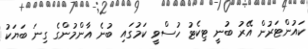
ކައުންޓަރުން އޭރު ބުނީ ޓިކެޓު ހުސްވީ ކަމުގައި ބުނެ އާންމުންގެ ގިނަ ބަޔަކު